Leaving Certificate, 1897
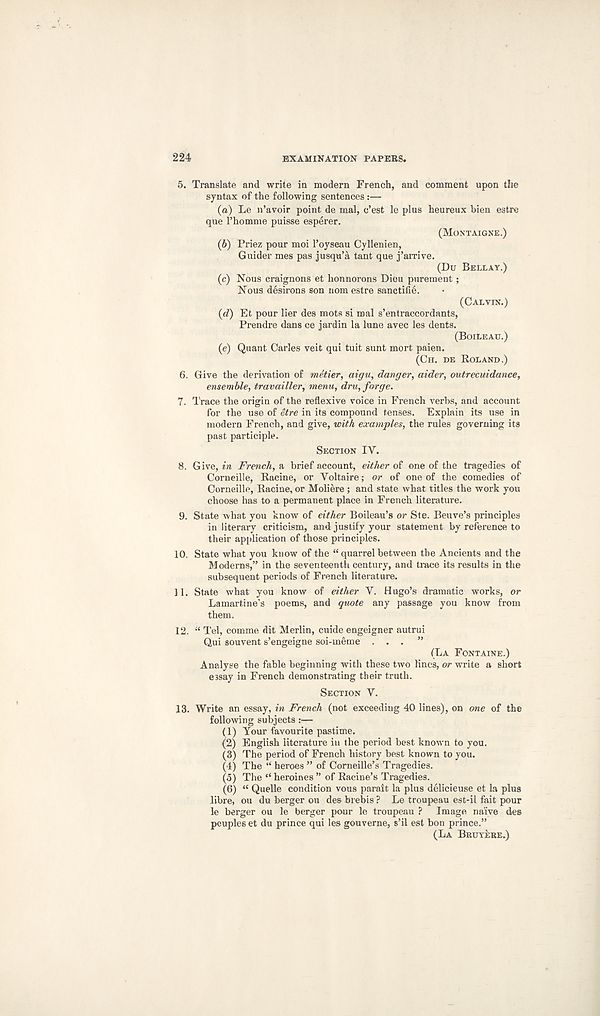
224
EXAMINATION PAPERS.
5. Translate and write in modern French, and comment upon the
syntax of the following sentences:—
(а) Le n’avoir point de mal, c’est le plus heureux bien estre
que Phomme puisse esperer.
(MONTAIGNE.)
(б) Priez pour moi Poyseau Cyllenien,
Guider mes pas jusqu’a tant que j’arrive.
(Du BELLAY.)
(c) Nous craignons et honnorons Diou purement ;
Nous desirons son nom estre sanctifie.
(CALVIN.)
(d) Et pour Her des mots si real s’entraccordants,
Prendre dans ce jardin la lune avec les dents.
(BOILEAU.)
(e) Quant Carles veit qui tuit sunt mort paien.
(CH. DE ROLAND.)
6. Give the derivation of metier, aigu, danger, aider, outrecuidance,
ensemble, travailler, menu, dru, forge.
7. Trace the origin of the reflexive voice in French verbs, and account
for the use of etre in its compound tenses. Explain its use in
modern French, and give, with examples, the rules governing its
past participle.
SECTION TV.
8. Give, in French, a brief account, either of one of the tragedies of
Corneille, Racine, or Voltaire; or of one of the comedies of
Corneille, Racine, or Moliere ; and state what titles the work you
choose has to a permanent place in French literature.
9. State what you know of either Boileau’s or Ste. Beuve’s principles
in literary criticism, and justify your statement by reference to
their application of those principles.
10. State what you know of the “ quarrel between the Ancients and the
Moderns,” in the seventeenth century, and trace its results in the
subsequent periods of French literature.
11. State what you know of either V. Hugo’s dramatic works, or
Lamartine’s poems, and quote any passage you know from
them.
12. “ Tel, comme dit Merlin, cuide engeigner autrui
Qui souvent s’engeigne soi-meme ...”
(LA FONTAINE.)
Analyse the fable beginning with these two lines, or write a short
essay in French demonstrating their truth.
SECTION V.
13. Write an essay, in French (not exceeding 40 lines), on one of the
following subjects :—
(1) Your favourite pastime.
(2) English literature in the period best known to you.
(3) The period of French history best known to you.
(4) The “ heroes ” of Corneille’s Tragedies.
(5) The “ heroines ” of Racine’s Tragedies.
(6) “ Quelle condition vous parait la plus delicieuse et la plus
libre, ou du berger ou des brebis ? Le troupeau est-il fait pour
le berger ou le berger pour le troupeau ? Image naive des
peuples et du prince qui les gouverne, s’il est bon prince.”
(LA BKUYERE.)